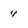
Character: 4